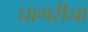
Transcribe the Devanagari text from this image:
घागरीया